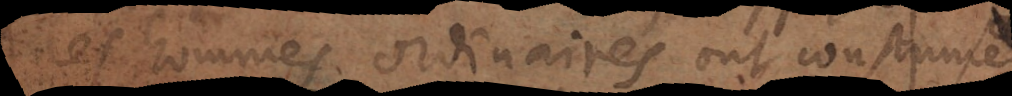
les hommes ordinaires ont coustume